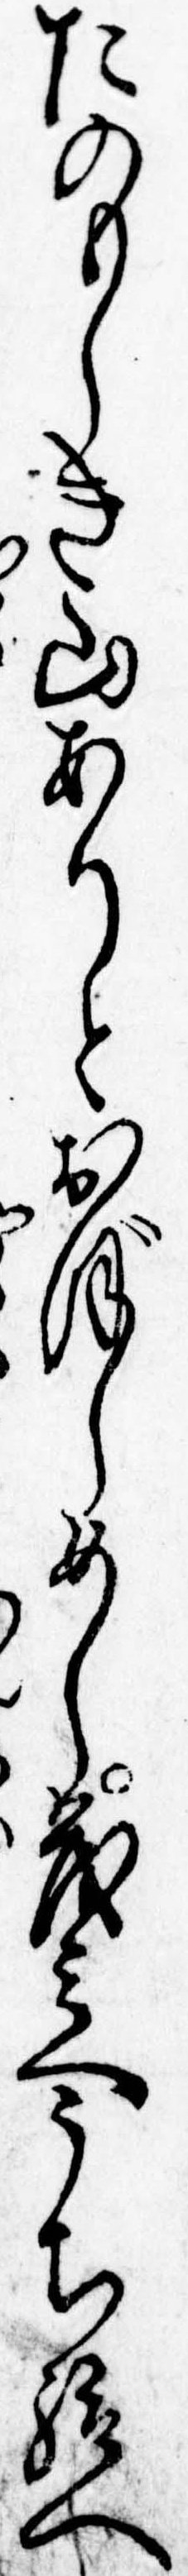
たのもしき山ありとおぼしめし茂兵へうち給へ